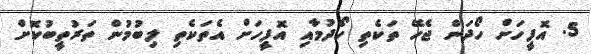
5. އޮފީހަށް ހޯދަން ޖެހޭ ތަކެތި ހޯދުމާއި އޮފީހަށް އެތަކެތި ލިބުމުން ތަރުތީބުކޮށް